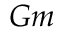
G m